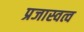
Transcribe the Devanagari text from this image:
प्रजास्वत्व